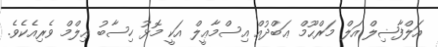
އަލްފާޟިލް އަލް މަރްޙޫމް ޢަބްދުއް އިސްމާޢީލް އަކީ މޮޅު ހިސާބު ޢިލްމް ވެރިއެކެވެ.